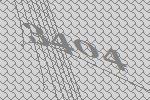
3404